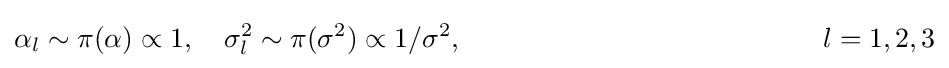
\alpha _{l}\sim \pi (\alpha )\propto 1,\quad \sigma _{l}^{2}\sim \pi (\sigma ^{2})\propto 1/\sigma ^{2},\quad \quad \quad \quad \quad \quad \quad \quad \quad \quad \quad \quad \quad l=1,2,3